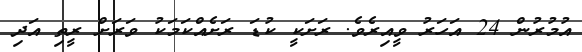
އުމުރުން 24 އަހަރު ވީއިރެވެ. ރަށަކީ ކުޑަ ރަށެއްކަމަކު ވަރަށް ރީތި އަދި